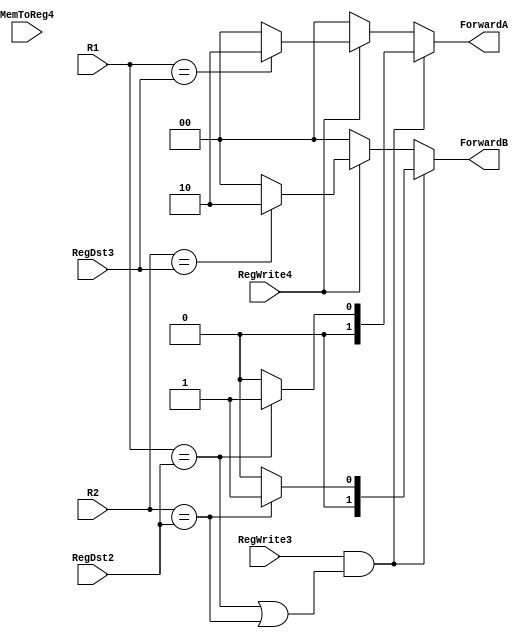
module ForwardingUnit(input [2:0] R1, R2, input RegWrite3, RegWrite4, MemToReg4, input [2:0] RegDst2, RegDst3, output reg [1:0] ForwardA, ForwardB);
  
  always@(*) begin
  ForwardA <= 0;
  ForwardB <= 0;
  if(RegWrite4)
  begin
   if(R1 == RegDst3)
     ForwardA <= 2'd2;
   if(R2 == RegDst3)
     ForwardB <= 2'd2;
  end
  if(RegWrite3 &( R1 == RegDst2 | R2 == RegDst2) )begin
    ForwardA <= 0;
    ForwardB <= 0;
    if(R1 == RegDst2)
      ForwardA <= 2'd1;
    if(R2 == RegDst2)
      ForwardB <= 2'd1;
  end
  end
endmodule